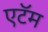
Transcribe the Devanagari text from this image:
एटॅम